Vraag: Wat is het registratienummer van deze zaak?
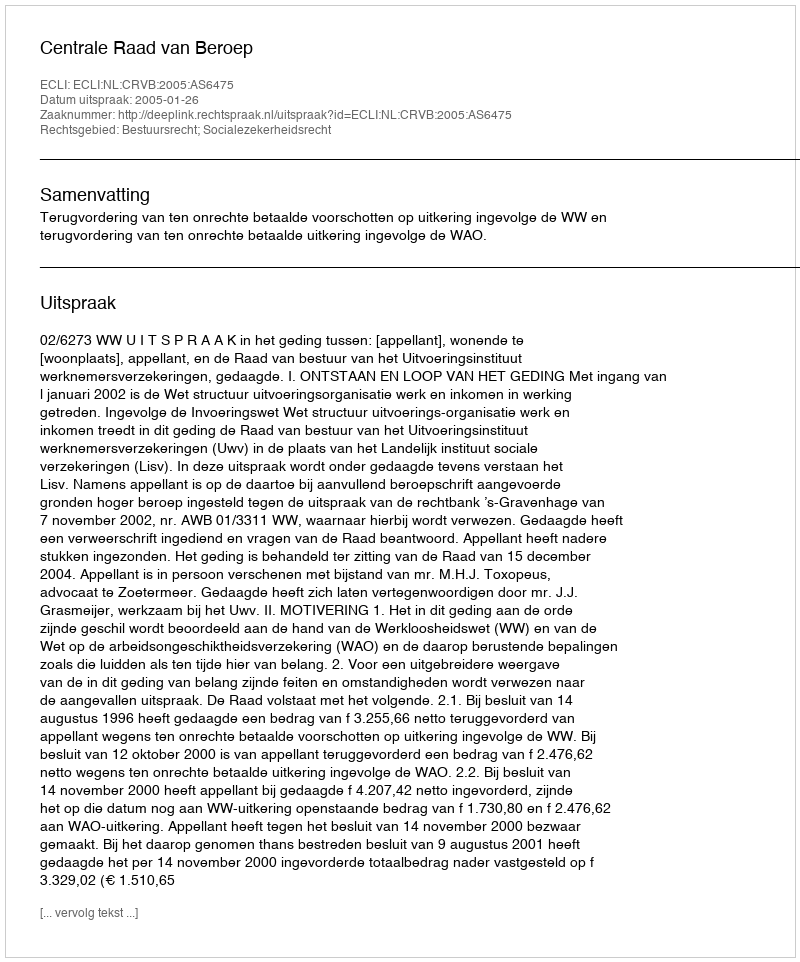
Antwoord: http://deeplink.rechtspraak.nl/uitspraak?id=ECLI:NL:CRVB:2005:AS6475